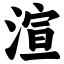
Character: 渲